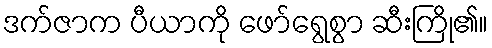
ဒက်ဇာက ပီယာကို ဖော်ရွေစွာ ဆီးကြို၏။